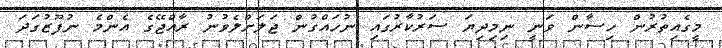
މީގެއިތުރުން ހިސާން ވަނީ ނިމިދިޔަ ސަރުކާރުގައި ނުހައްގުން ޖަލަށްލެވުނު ރާއްޖޭގެ އެންމެ ނުފޫޒުގަދަ